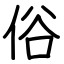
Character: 俗